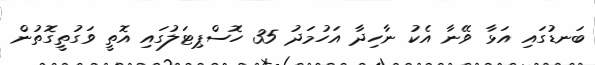
ބަނޑުގައި އަޅާ ވޭނާ އެކު ނާހިދާ އަހުމަދު 35 ހޮސްޕިޓަލުގައި އޮތީ ވަގުތީގޮތުން